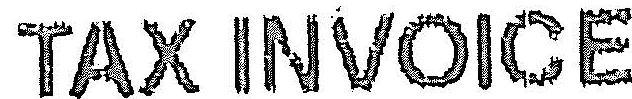
TAX INVOICE